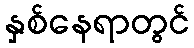
နှစ်နေရာတွင်